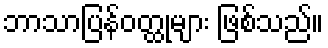
ဘာသာပြန်ဝတ္ထုများ ဖြစ်သည်။